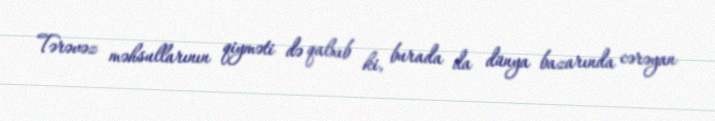
Tərəvəz məhsullarının qiyməti də qalxıb ki, burada da dünya bazarında cərəyan